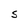
Character: S